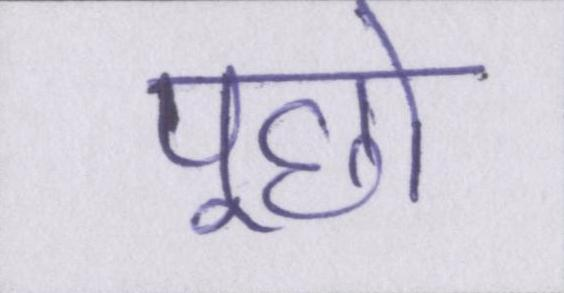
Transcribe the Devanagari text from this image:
पूछो